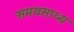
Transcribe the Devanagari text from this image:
समयसाध्य